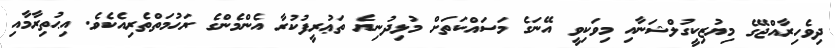
ދިވެހިރާއްޖޭގެ މިޔުޒިކީގުލްޝަނާއި މިވަކިވީ އޭނަގެ މަސައްކަތަށް މުޅިދުނިޔެ ތަޢުރީފުކުރާ އެންމެންގެ ރަޙުމަތްތެރިއެކެވެ. އިޙުތިރާމާއި